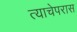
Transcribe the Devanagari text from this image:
त्याचेपरास